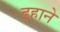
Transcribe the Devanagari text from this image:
ढ़हाने